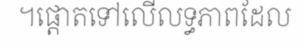
។ផ្តោតទៅលើលទ្ធភាពដែល